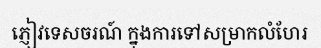
ភ្ញៀវទេសចរណ៍ ក្នុងការទៅសម្រាកលំហែរ